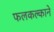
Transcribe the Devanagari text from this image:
फलकल्काने